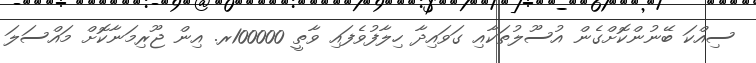
ސިއްކަ ބޭނުންކޮށްގެން އުސޫލުތަކާއި ގަވައިދާ ހިލާފުވެފައި ވާތީ 100000ރ. އިން ޖޫރިމަނާކޮށް މައްސަލަ